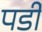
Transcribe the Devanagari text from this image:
पर्डी